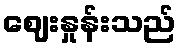
ဈေးနှုန်းသည်